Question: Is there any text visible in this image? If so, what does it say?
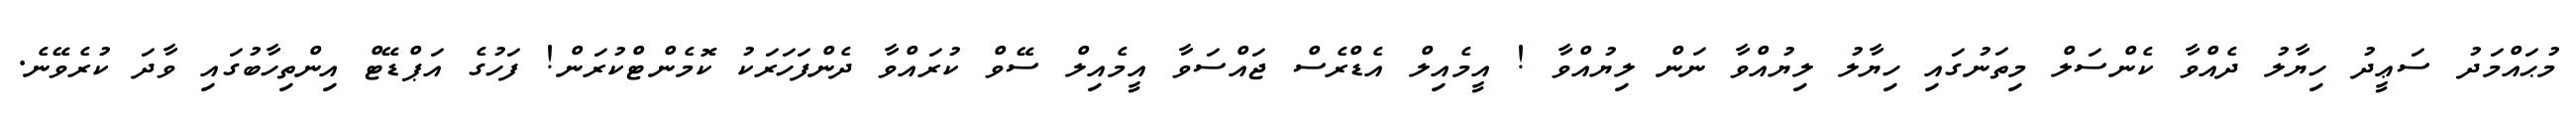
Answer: މުޙައްމަދު ސަޢީދު ހިޔާލު ދެއްވާ ކެންސަލް މިތަނުގައި ހިޔާލު ލިޔުއްވާ ނަން ލިޔުއްވާ ! އީމެއިލް އެޑްރެސް ޖައްސަވާ އީމެއިލް ސޭވް ކުރައްވާ ދެންފަހަރަކު ކޮމެންޓްކުރަން! ފަހުގެ އަޕްޑޭޓް އިންތިހާބުގައި ވާދަ ކުރެވޭނެ.